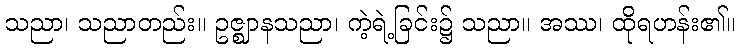
သညာ၊ သညာတည်း။ ဥဇ္ဈာနသညာ၊ ကဲ့ရဲ့ခြင်း၌ သညာ။ အဿ၊ ထိုရဟန်း၏။